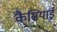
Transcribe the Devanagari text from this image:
कैसियाई